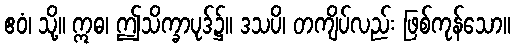
ဧဝံ၊ သို့။ ဣဓ၊ ဤသိက္ခာပုဒ်၌။ ဒသပိ၊ တကျိပ်လည်း ဖြစ်ကုန်သော။